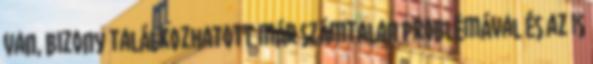
van, bizony találkozhatott már számtalan problémával és az is